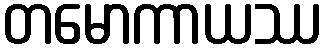
တမောကာယဿ